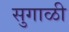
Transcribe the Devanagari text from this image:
सुगाळी